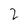
Character: 2